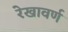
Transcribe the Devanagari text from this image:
रेखावर्ण